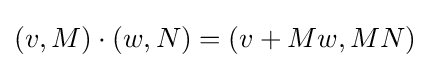
(v,M)\cdot (w,N)=(v+Mw,MN)